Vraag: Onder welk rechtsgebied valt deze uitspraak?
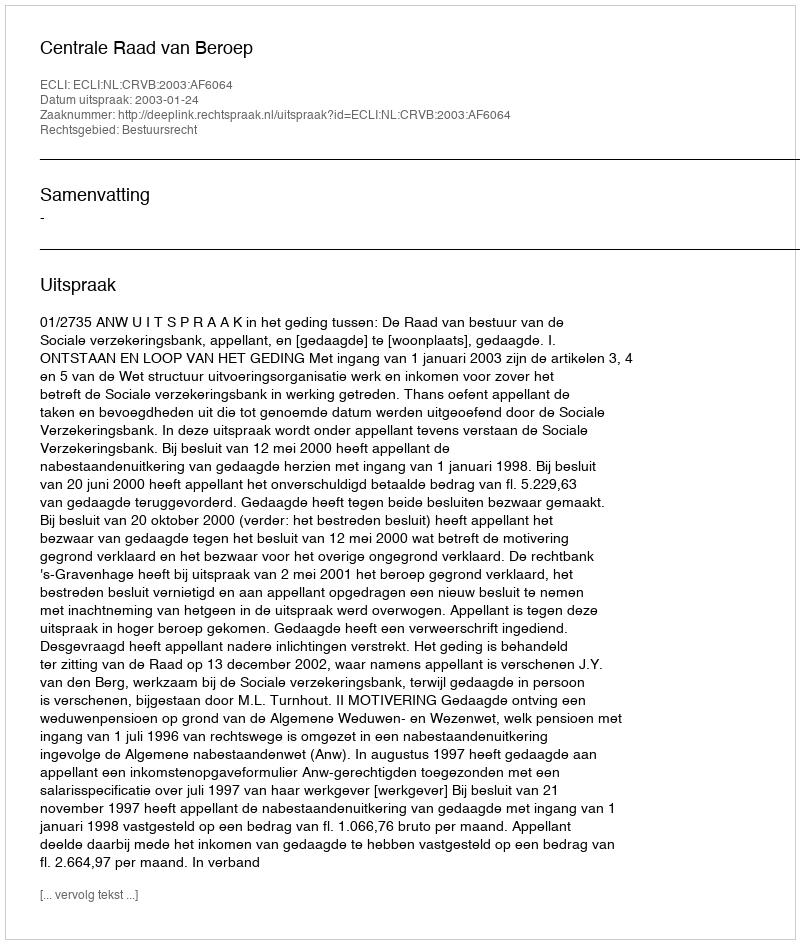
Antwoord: Bestuursrecht